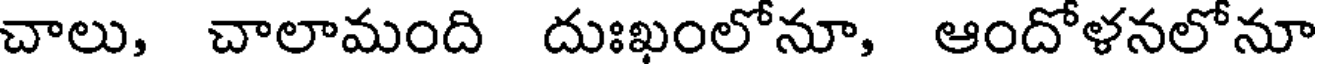
చాలు, చాలామంది దుఃఖంలోనూ, ఆందోళనలోనూ